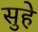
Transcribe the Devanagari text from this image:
सुहे